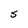
Character: S